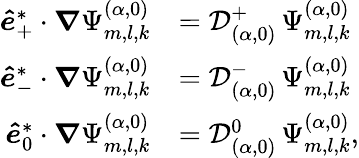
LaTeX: \begin{array}{rl}{\boldsymbol{\hat{e}}_{+}^{*}\cdot\boldsymbol{\nabla}\Psi_{m,l,k}^{(\alpha,0)}}&{=\mathcal{D}_{(\alpha,0)}^{+}\, \Psi_{m,l,k}^{(\alpha,0)}}\\ {\boldsymbol{\hat{e}}_{-}^{*}\cdot\boldsymbol{\nabla}\Psi_{m,l,k}^{(\alpha,0)}}&{=\mathcal{D}_{(\alpha,0)}^{-}\, \Psi_{m,l,k}^{(\alpha,0)}}\\ {\boldsymbol{\hat{e}}_{0}^{*}\cdot\boldsymbol{\nabla}\Psi_{m,l,k}^{(\alpha,0)}}&{=\mathcal{D}_{(\alpha,0)}^{0}\, \Psi_{m,l,k}^{(\alpha,0)},}\end{array}